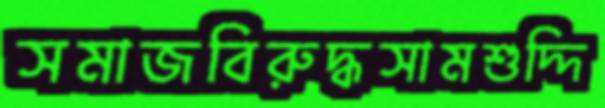
সমাজবিরুদ্ধসামশুদ্দি